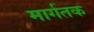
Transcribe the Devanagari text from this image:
मार्गतक